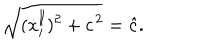
\sqrt { ( { \dot { x } } _ { i } ^ { \parallel } ) ^ { 2 } + c ^ { \kern 1 p t 2 } } = \hat { c } .